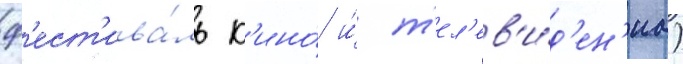
ф'ест'ива́ль к'ино́ и́ т'ел'ев'и́д'ен'иа)